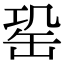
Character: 𦈩